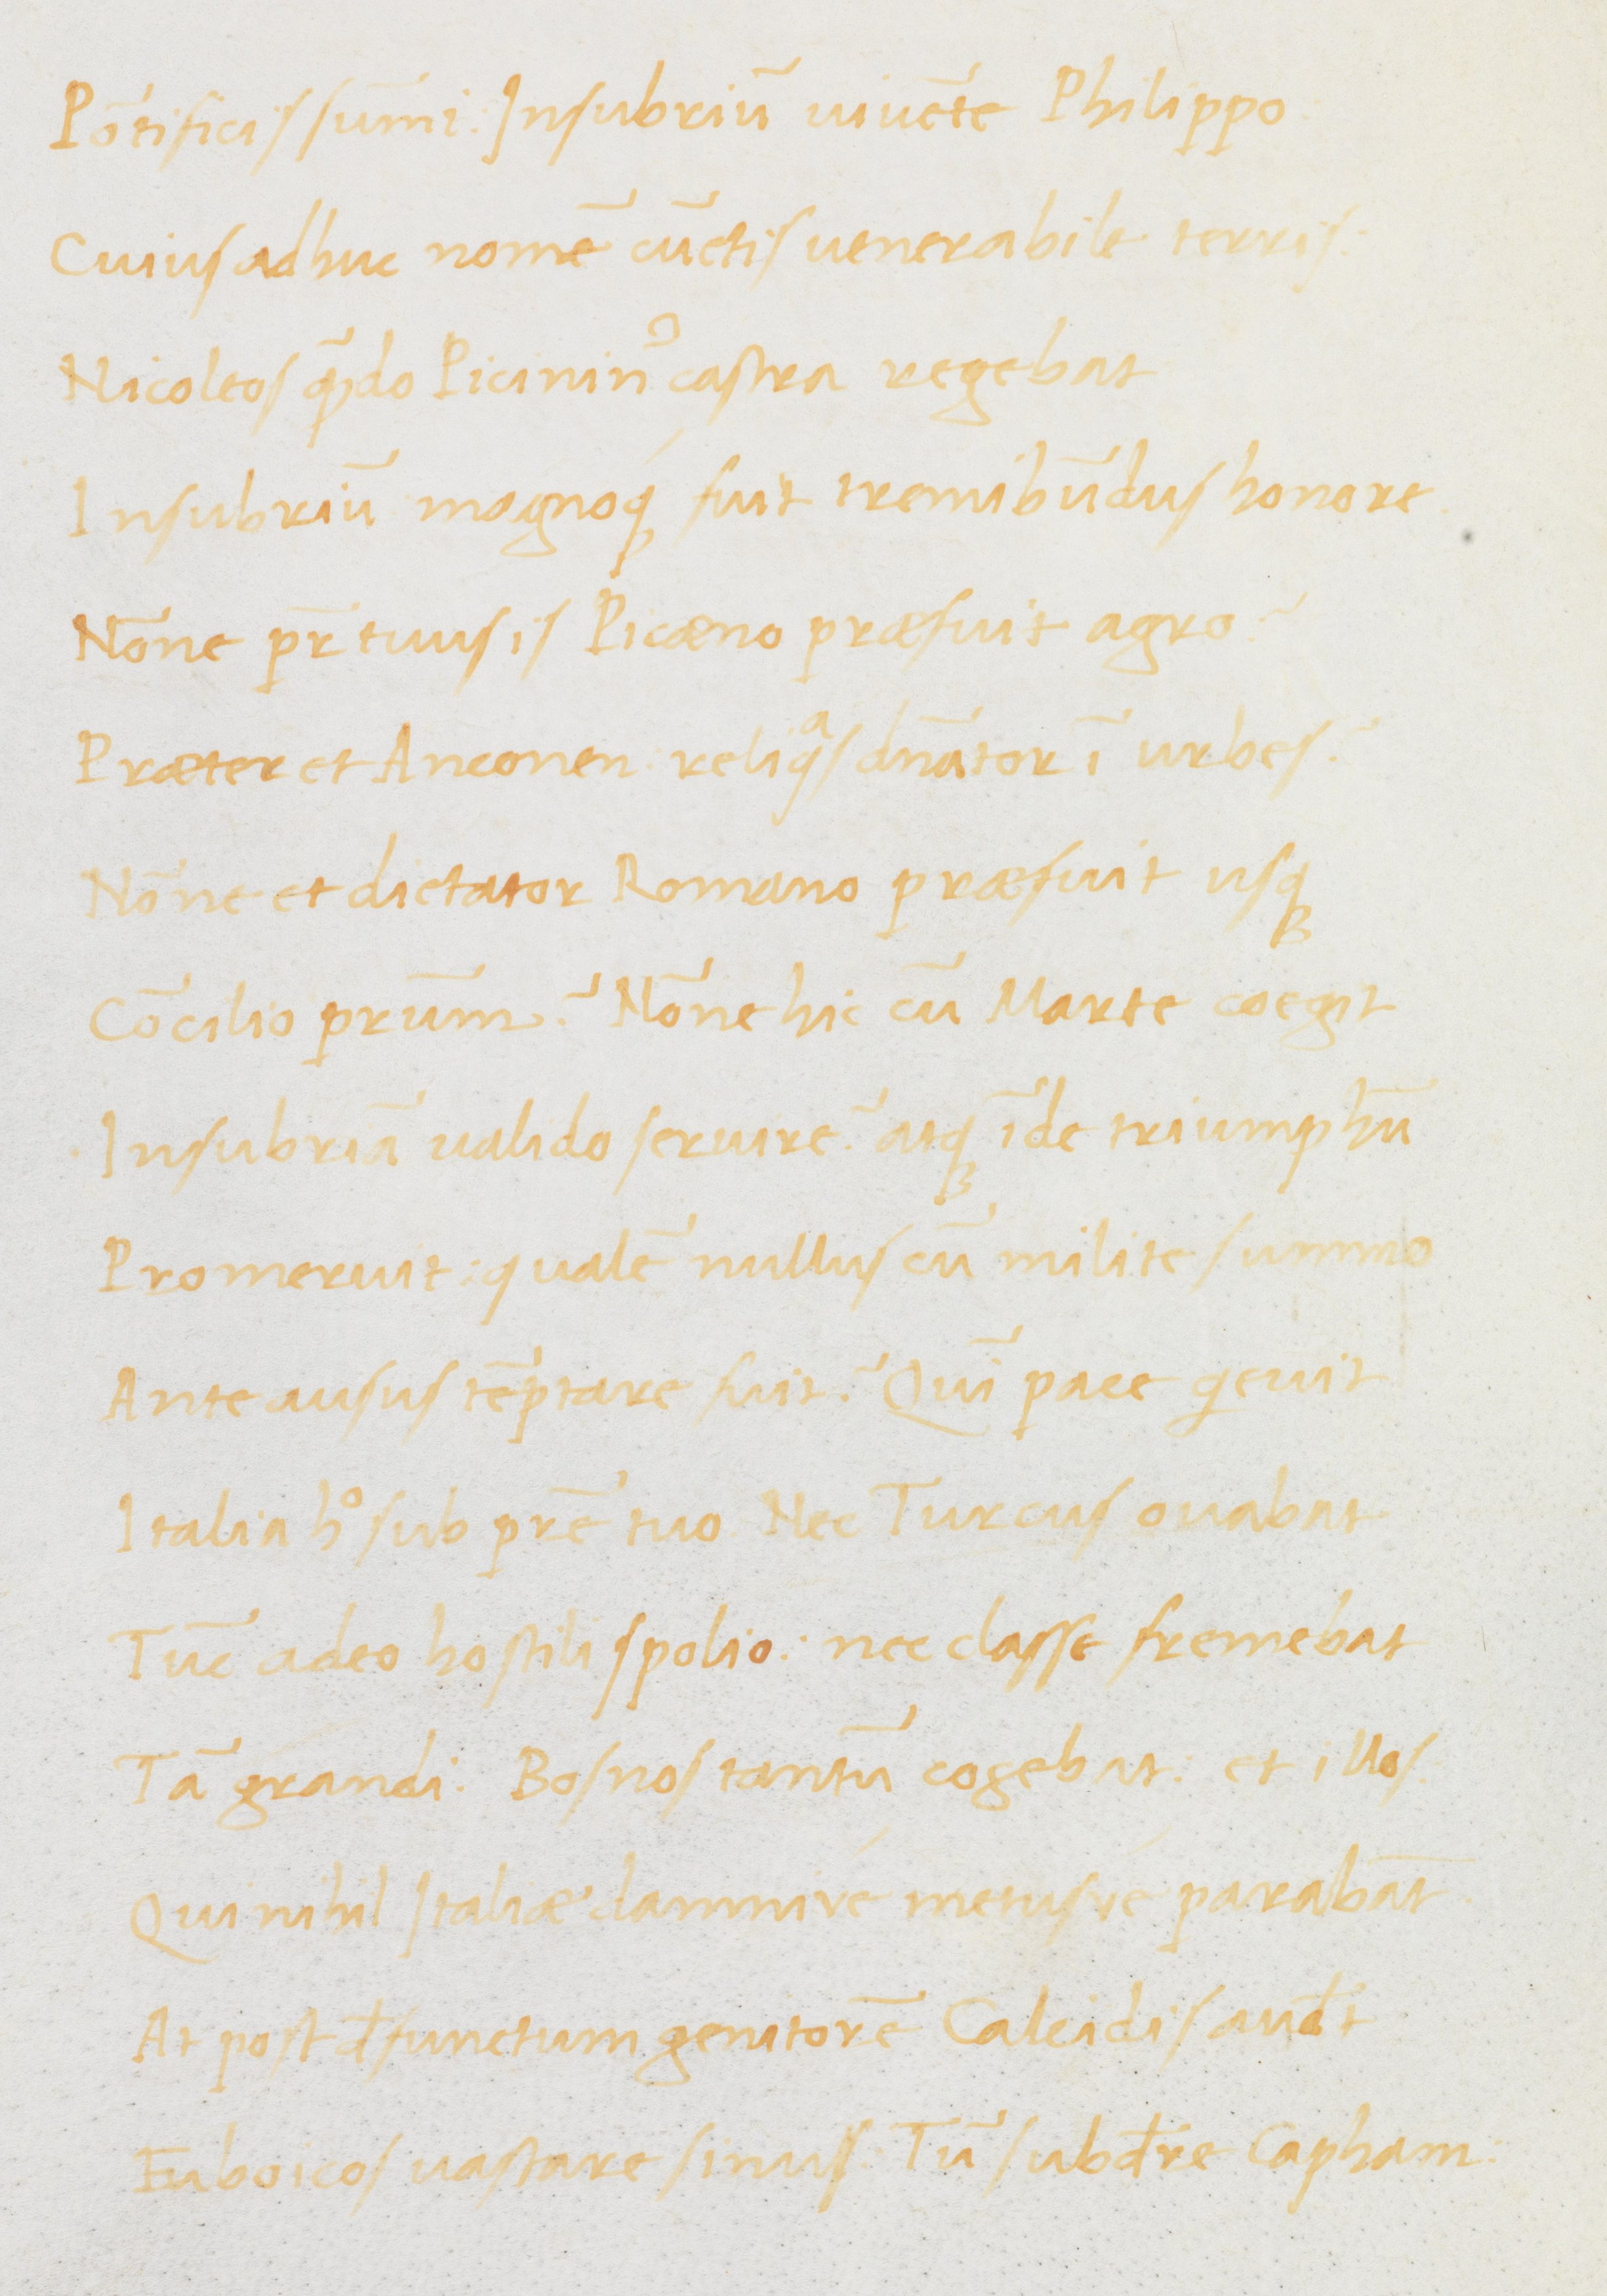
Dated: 1470–1499